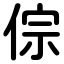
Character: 倧